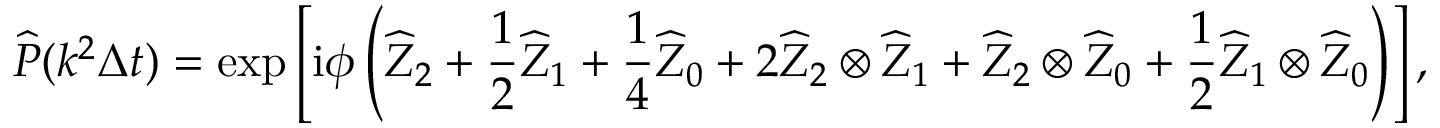
\widehat { P } ( k ^ { 2 } \Delta t ) = \exp \left[ \mathrm { i } \phi \left( \widehat { Z } _ { 2 } + \frac 1 2 \widehat { Z } _ { 1 } + \frac 1 4 \widehat { Z } _ { 0 } + 2 \widehat { Z } _ { 2 } \otimes \widehat { Z } _ { 1 } + \widehat { Z } _ { 2 } \otimes \widehat { Z } _ { 0 } + \frac 1 2 \widehat { Z } _ { 1 } \otimes \widehat { Z } _ { 0 } \right) \right] ,